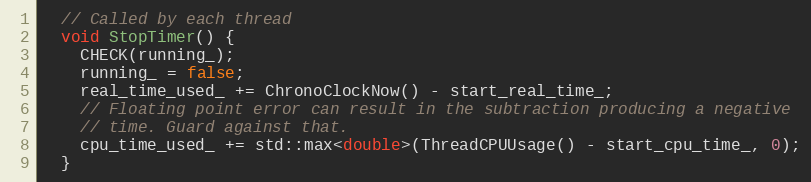
Language: C
  // Called by each thread
  void StopTimer() {
    CHECK(running_);
    running_ = false;
    real_time_used_ += ChronoClockNow() - start_real_time_;
    // Floating point error can result in the subtraction producing a negative
    // time. Guard against that.
    cpu_time_used_ += std::max<double>(ThreadCPUUsage() - start_cpu_time_, 0);
  }